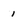
Character: 1